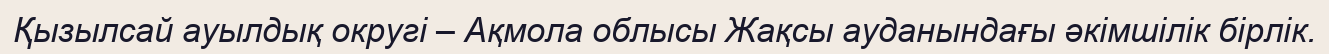
Қызылсай ауылдық округі – Ақмола облысы Жақсы ауданындағы әкімшілік бірлік.